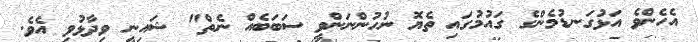
އެހެންވެ އަޅުގަނޑުމެންގެ ގައުމުގައި ތެޔޮ ނުހުންނަންވީ ސަބަބެއް ނެތް" ޝައިނީ ވިދާޅުވި އެވެ.